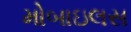
મોબાઇલસ